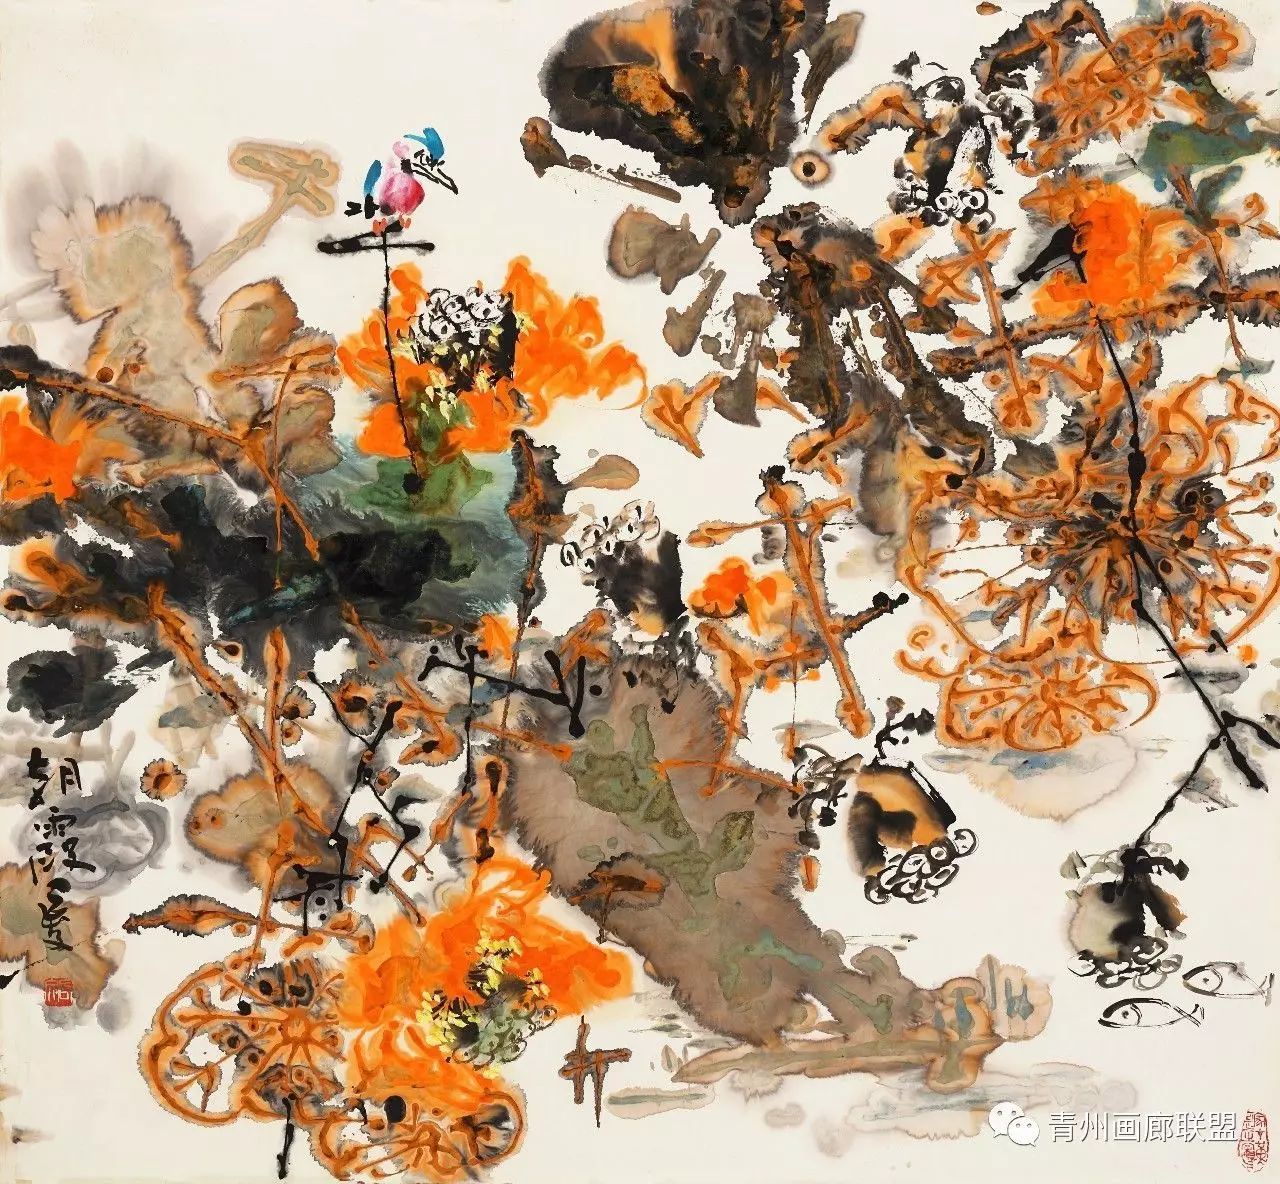
潭州官舍暮楼空，今古无端入望中。